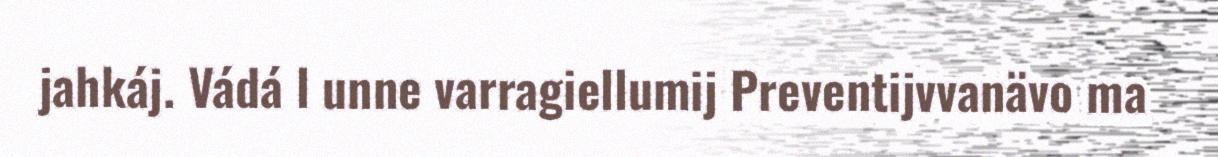
jahkáj. Vádá l unne varragiellumij Preventijvvanävo ma